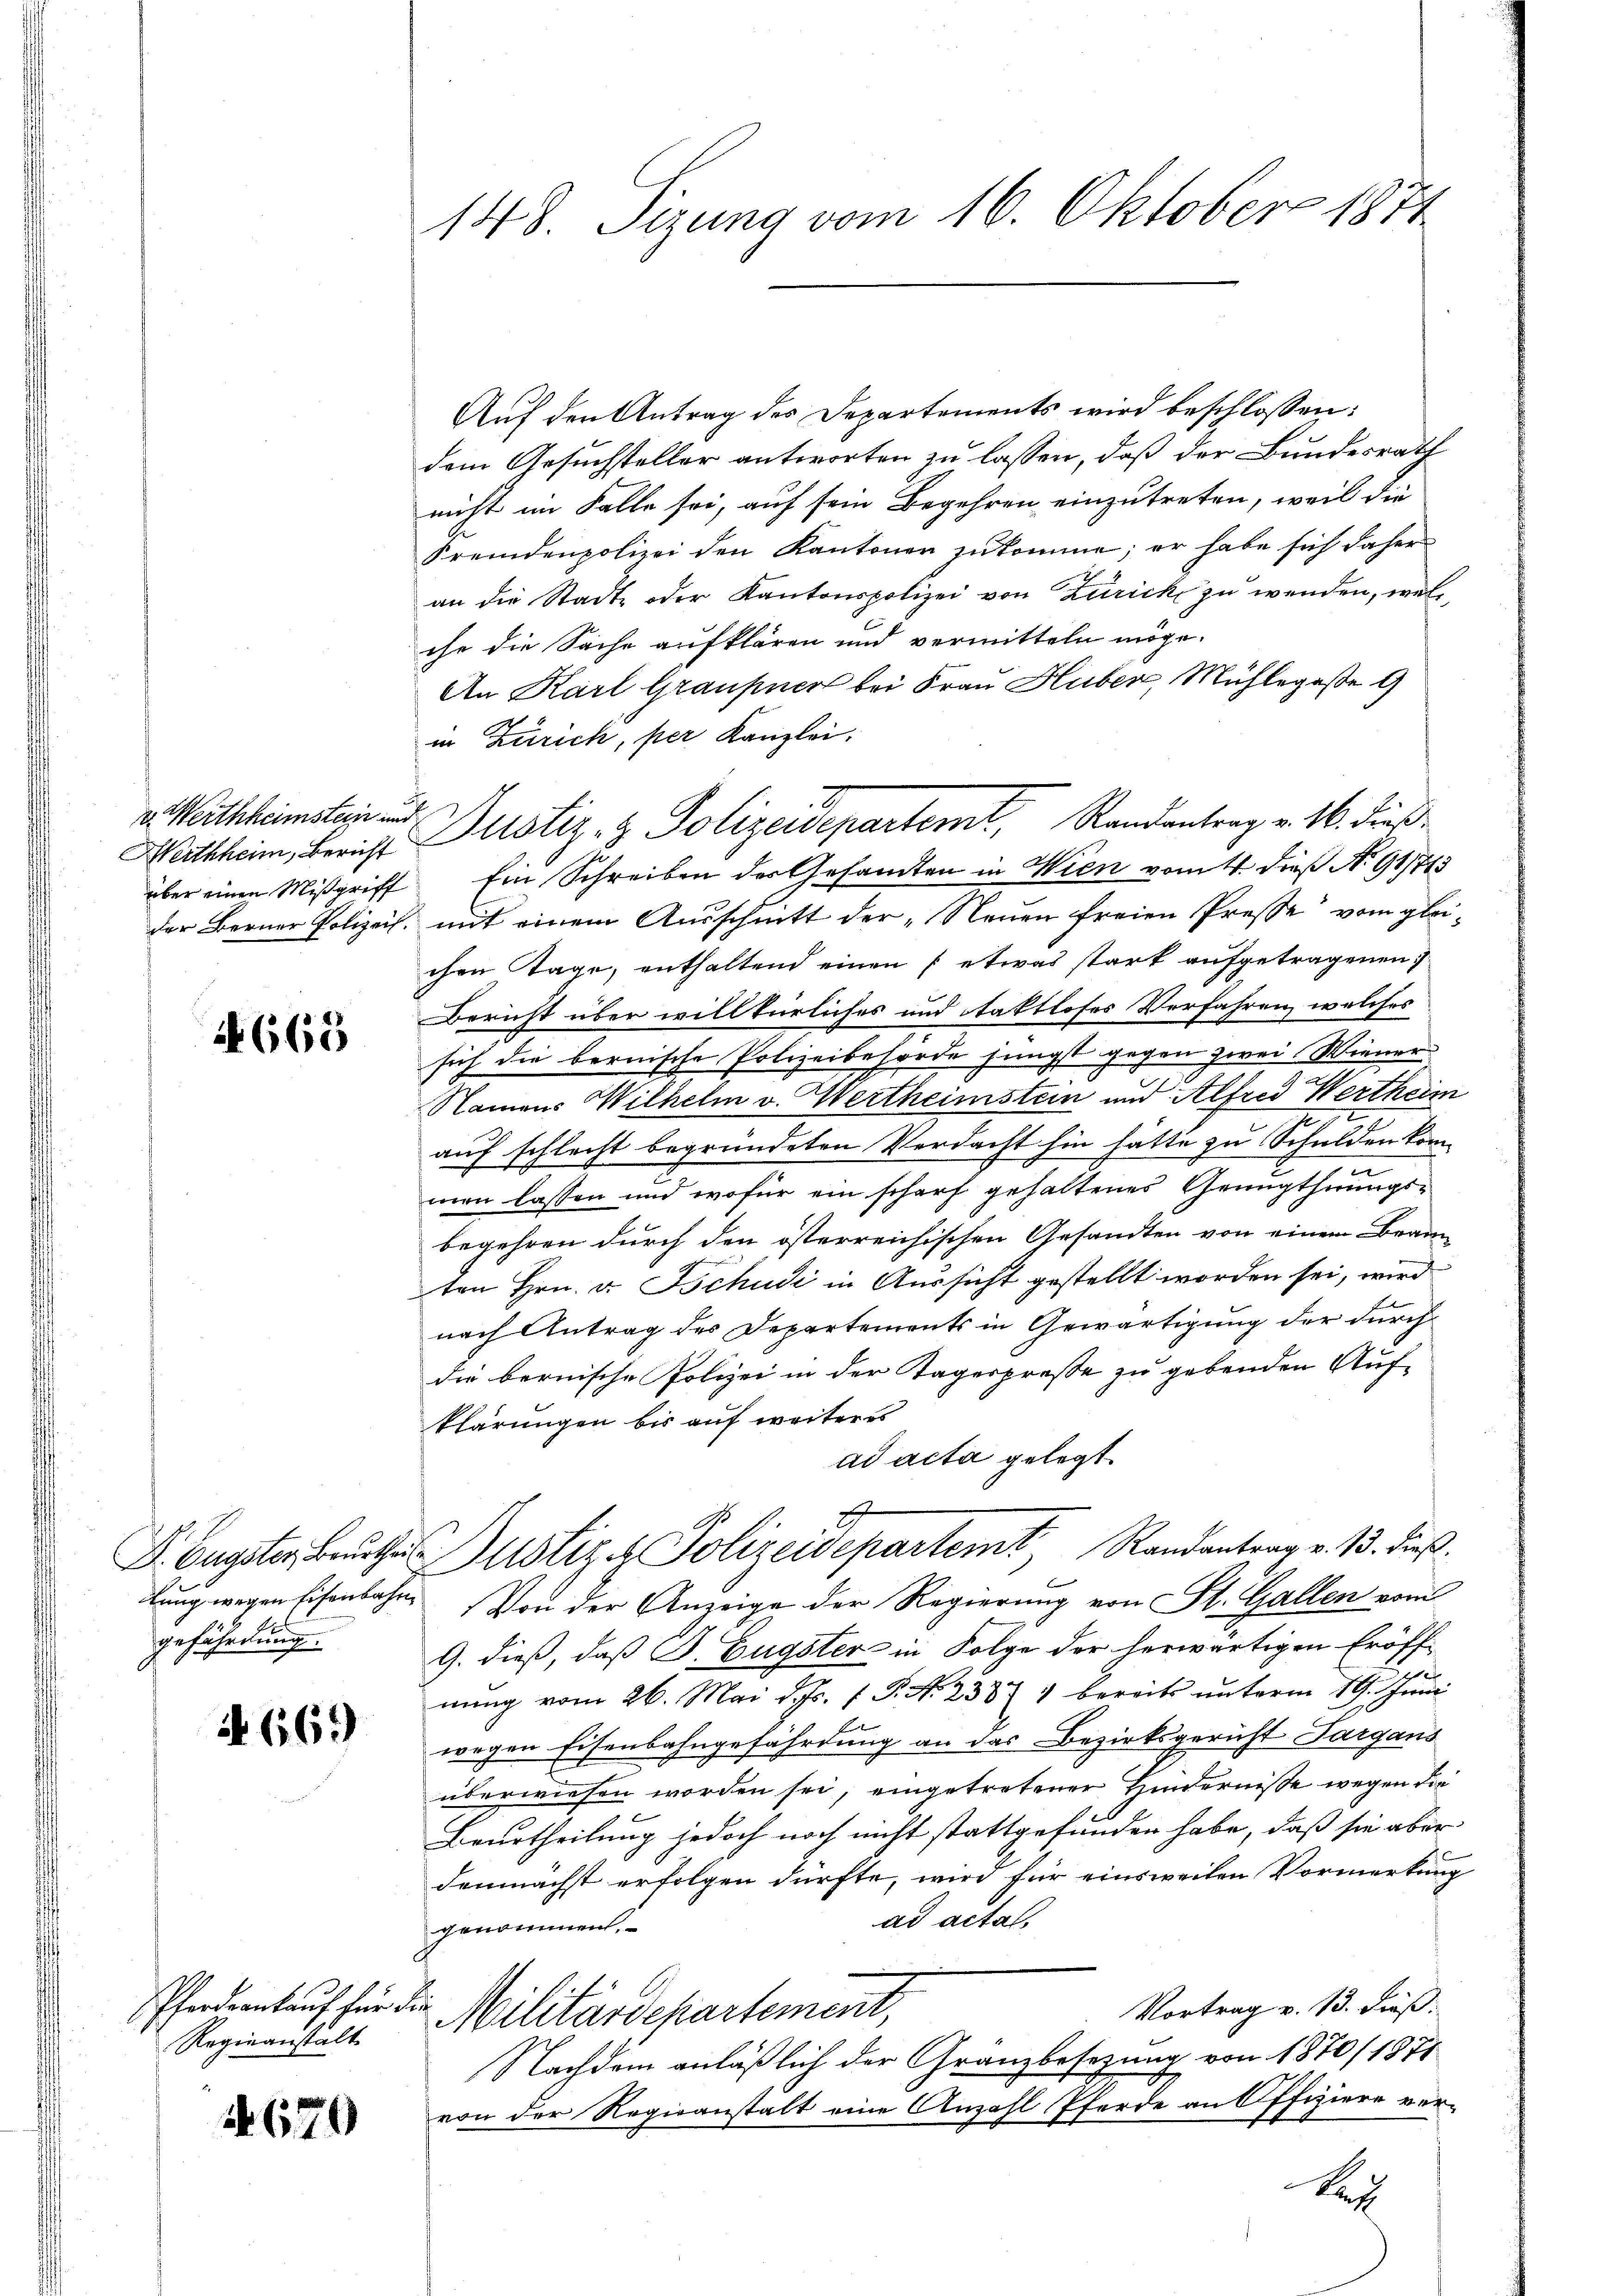
v. Werthheimstein und

665

gefährdung.

S 669

Regienanstalt

670

148. Sizung vom 16. Oktober 1871

Auf den Antrag des Departements wird beschlossen:
dem Gesuchsteller antworten zu lassen, daß der Bundesrath
nicht im Falle sei, auf sein Begehren einzutreten, weil die
Fremdenpolizei den Kantonen zukomme; er habe sich daher
an die Stadte oder Kantonspolizei von Zürick zu wenden, welche die Sache aufklären und vermitteln möge.
An Karl Graupner bei Frau Huber, Mühlegesse 9
in Zürich, per Kanzlei.
über einen Mißgriff. Ein Schreiben des Gesandten in Wien vom 4 dieß No 91713
der Berner Polizeis, mit einem Ausschnitt der „Neuen freien Presse vom gleichen Tage, enthaltend einen (etwas stark aufgetragenen
Bericht über willkürliches und taktloses Verfahren, welches
sich die bernische Polizeibehörde jüngst gegen zwei Wiener
Namens Wilhelm v. Wertheimstein und Alfred Wertheim
auf schlecht begründeten Verdacht hin hätte zu Schulden kom-
men lassen und wofür ein scharf gehaltenes Genugthuungs-
begehren durch den österreichischen Gesandten von einem Beam-
ten Hrn. v. Tschudi in Aussicht gestellt worden sei, wird
nach Antrag des Departements in Gewärtigung der durch
die bernische Polizei in der Tagespresse zu gebenden Aufklärungen bis auf weiteres
ad acta gelegt.
2
G
D. Eugster Beurtheils ustiz & Polizeidepartemt Randantrag v. 13. dieβ.
lung wegen Eisenbahn. Von der Anzeige der Regierung von St. Gallen vom
G. dieß, daß F. Eugster in Folge der herwärtigen Eröff¬
1
nung vom 26. Mai d. Js. f. P. Nr. 23871 bereits unterm 19. Juni
wegen Eisenbahngefährdung an das Bezirksgericht Sargaus
überwiesen worden sei, eingetretener Hinderniße wegen die
Beurtheilung jedoch noch nicht stattgefunden habe, daß sie aber
demnächst erfolgen dürfte, wird für einsweilen Vormerkung
ad actal.
genommen.
Vortrag v. 13. dieß.
Pferdankauf für die Militärdepartement,
Nachdem anläßlich der Granzbesezung von 1870/ 1871
von der Regieanstalt eine Anzahl Pferde an Offiziere ver-
Bes

Mittheim, Bericht Zustiz- & Polizeidepartemt, Randantrag v. M. dieß¬